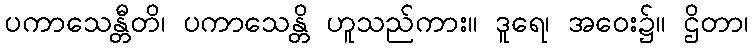
ပကာသေန္တီတိ၊ ပကာသေန္တိ ဟူသည်ကား။ ဒူရေ၊ အဝေး၌။ ဌိတာ၊